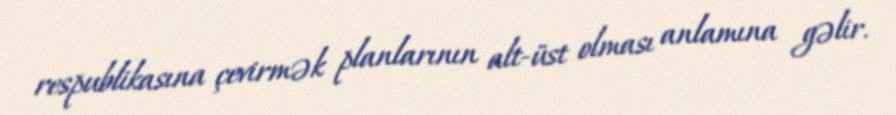
respublikasına çevirmək planlarının alt-üst olması anlamına gəlir.